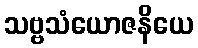
သဗ္ဗသံယောဇနိယေ